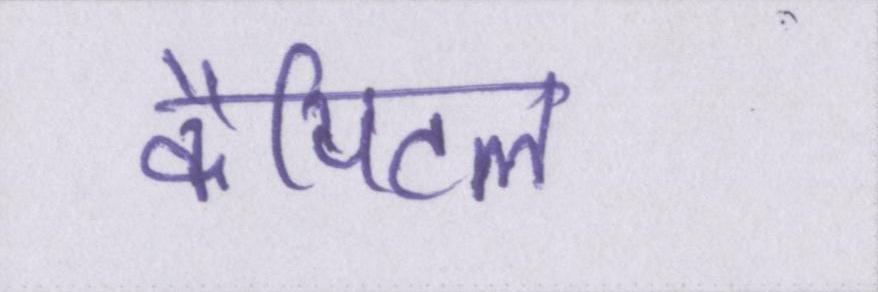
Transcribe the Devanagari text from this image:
कैपिटल